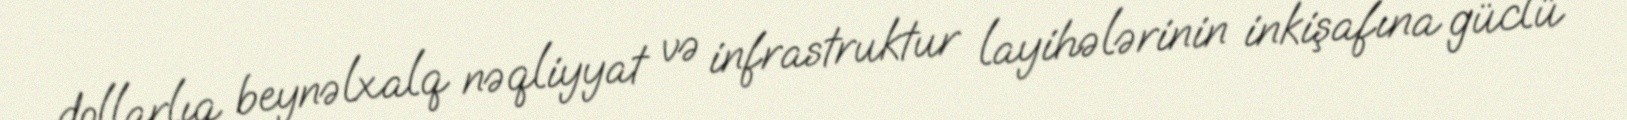
dollarlıq beynəlxalq nəqliyyat və infrastruktur layihələrinin inkişafına güclü